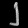
Digit: ၂